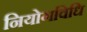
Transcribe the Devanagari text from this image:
नियोगविधि